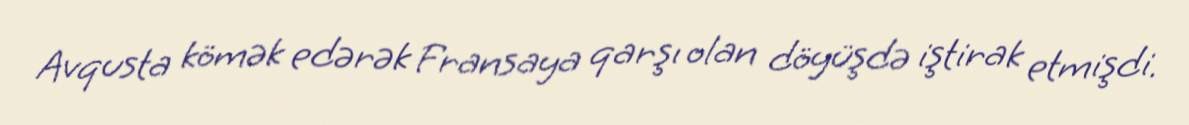
Avqusta kömək edərək Fransaya qarşı olan döyüşdə iştirak etmişdi.